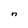
Character: n